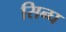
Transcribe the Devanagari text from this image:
सिन्घ